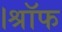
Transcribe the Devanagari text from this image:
।श्रॉफ